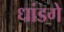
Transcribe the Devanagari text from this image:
धांडगे